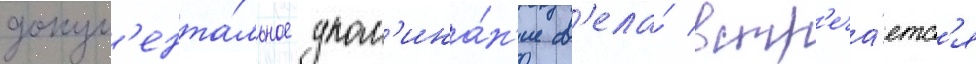
докум'ента́льное упом'ина́н'ие с'ела́ встр'еча́етс'я